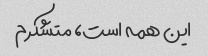
این همه است، متشکرم